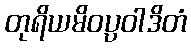
တုရိယမိဝပ္ပဝါဒိတံ